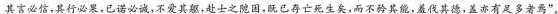
其言必信，其行必果，已诺必诚，不爱其躯，赴士之院国，既已存亡死生矣，而不矜其能，羞伐其德，盖亦有足多者焉”。